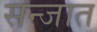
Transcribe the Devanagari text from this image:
सन्जात